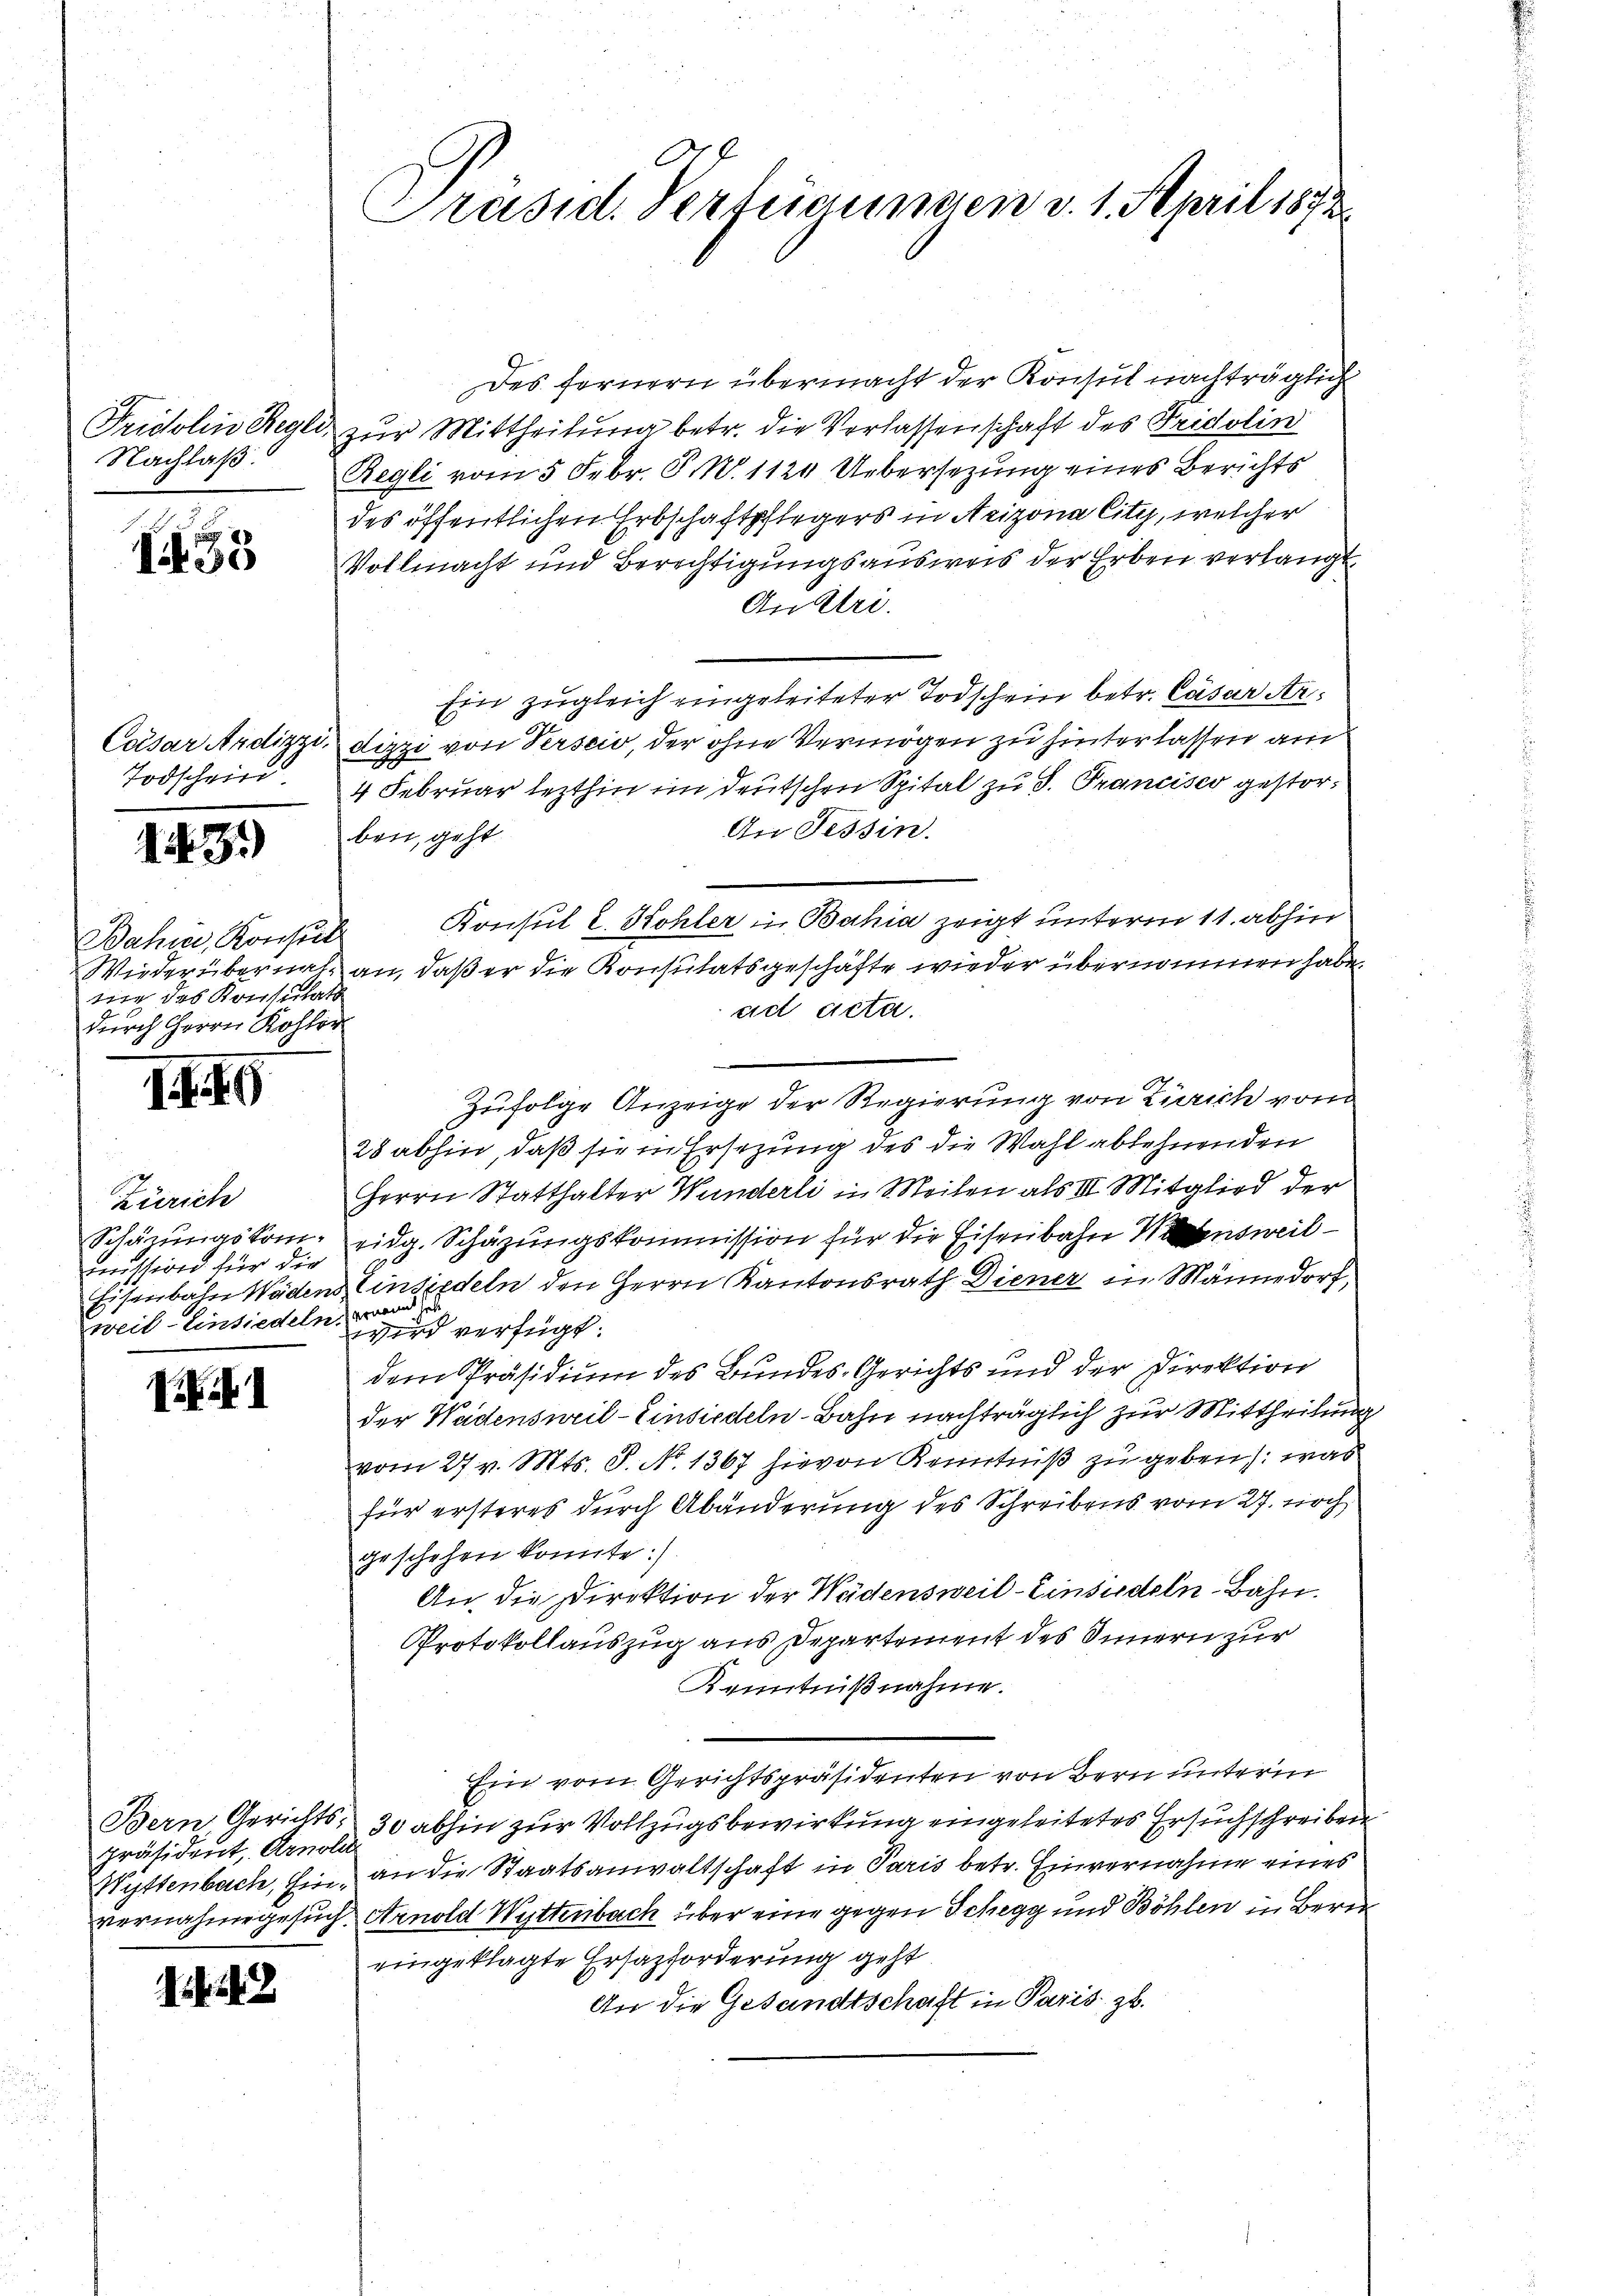
Fridolins Regle
Nachlaß.

Ti53

Caesar Audizzi.
Todschein.

13.)

Bahre, Konsul
Wieder übernahtie das Konsulats
durch Herrn Kohle

I

Zürich
Schäzungskom-
mission für die
Eisenbahn Wädens
weil–Einsiedeln.

Pif

präsident, Arnold
Wyttenbach, Einvernahme gesuch.

48

C
Präsid. Verfügungen d. 1. April 1873.

Des fernern übermacht der Konsul nachträglich
zur Mittheilung betr. die Verlassenschaft des Fridolin
Regli vom 5 Febr. P. N. 1124 Uebersezung eines Berichts
des öffentlichen Erbschaftpflegers in Arizona City, welcher
Vollmacht und Berechtigungsausweis der Erben verlangt
An Uri.
Ein zugleich eingeleiteter Todschein betr. Cäsar Ardizzi von Verseid, der ohne Vermögen zu hinterlassen auc
4 Februar lezthin im deutschen Spital zu S. Trancisco gestor¬
An Tessin.
ben, geht
Konsul E. Kohler in Bahia zeigt unterm 11. abhin
an, daß er die Konsulatsgeschäfte wieder übernommen habe,
ad acta.
Zufolge Anzeige der Regierung von Zürich vom
28 abhin, daß sie in Ersezung des die Wahl ablehnenden
Herrn Statthalter Wunderli in Meilen als III. Mitglied der
ridg. Schazungskommission für die Eisenbahn ausweil
Einsiedeln den Herrn Kantonsrath Diener in Männedorf,
hernannt sel
wird verfügt:
dem Präsidium des Bundes-Gerichts und der Direktion
der Wadensweil–Einsiedeln-Bahn nachträglich zur Mittheilung
vom 27. v. Mts. S. No. 1367 hievon Kenntniß zu geben: was
für ersteres durch Abänderung des Schreibens vom 27. noch
geschehen konnte :/
An die Direktion der Wädensweil–Einsiedeln-Bahn.
Protokollauszug aus Departement des Innern zur
Kenntnißnahme.
Ein vom Gerichtspräsidenten von Bern unterm
Bern, Gerichts- 30 abhin zur Vollzugsbewirkung eingeleitetes Ersuchschreiben
an die Staatsanwaltschaft in Paris betr. Einvernahme eines
Arnold Wyttenbach über eine gegen Schegg und Böhlen in Berei
eingeklagte Ersazforderung geht
An die Gesandtschaft in Paris zu.